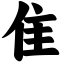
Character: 隹